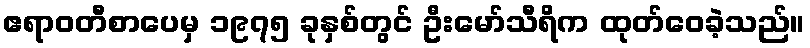
ဧရာဝတီစာပေမှ ၁၉၇၅ ခုနှစ်တွင် ဦးမော်သီရိက ထုတ်ဝေခဲ့သည်။